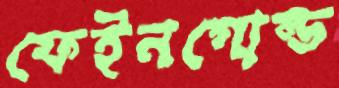
ফেইনগোল্ড